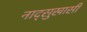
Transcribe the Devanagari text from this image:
नाद्सुखासी